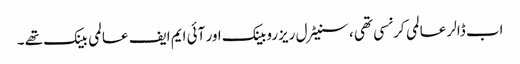
اب ڈالر عالمی کرنسی تھی ، سنیٹرل ریزروبینک اور آئی ایم ایف عالمی بینک تھے ۔